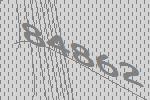
84862